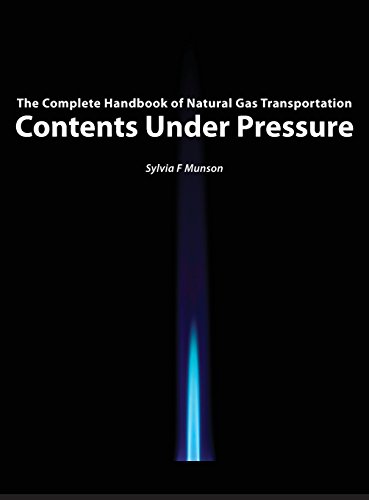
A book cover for Contents Under Pressure: The Complete Handbook of Natural Gas Transportation; Sylvia F Munson; Business & Money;